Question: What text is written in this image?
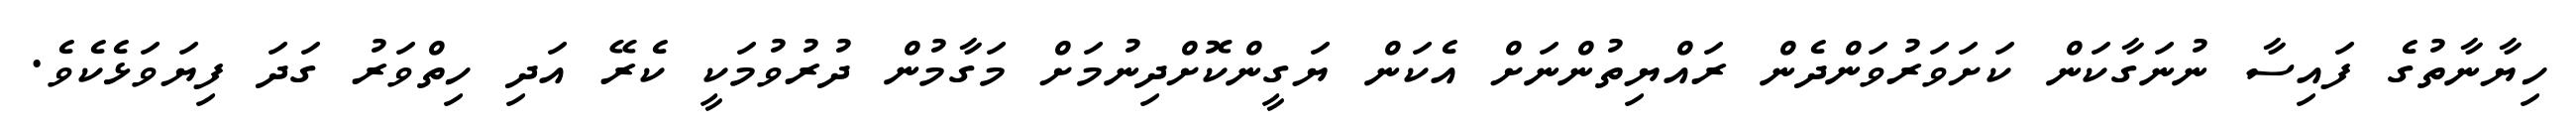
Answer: ހިޔާނާތުގެ ފައިސާ ނުނަގާކަން ކަށަވަރުވަންދެން ރައްޔިތުންނަށް އެކަން ޔަގީންކޮށްދިނުމަށް މަގާމުން ދުރުވުމަކީ ކެރޭ އަދި ހިތްވަރު ގަދަ ފިޔަވަޅެކެވެ.